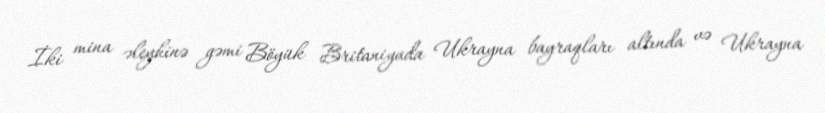
İki mina əleyhinə gəmi Böyük Britaniyada Ukrayna bayraqları altında və Ukrayna